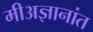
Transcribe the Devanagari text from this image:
मीअज्ञानांत